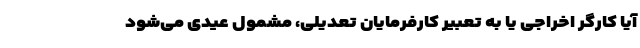
آیا کارگر اخراجی یا به تعبیر کارفرمایان تعدیلی، مشمول عیدی می‌شود